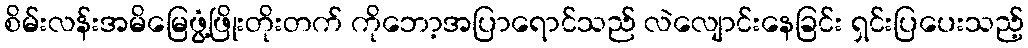
စိမ်းလန်းအမိမြေဖွံ့ဖြိုးတိုးတက် ကိုဘော့အပြာရောင်သည် လဲလျောင်းနေခြင်း ရှင်းပြပေးသည့်